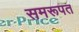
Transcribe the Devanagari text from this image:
समरूपत